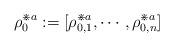
LaTeX: \begin{align*} \rho_0^{\divideontimes a } := [\rho_{0, 1}^{\divideontimes a }, \cdots, \rho_{0, n}^{\divideontimes a }]\end{align*}